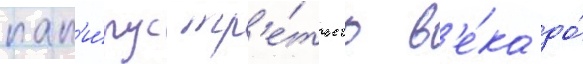
пап'и́рус тр'е́тьего в'е́ка до́